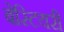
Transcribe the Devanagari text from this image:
बेस्टियरी